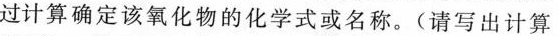
过计算确定该氧化物的化学式或名称。(请写出计算